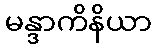
မန္ဒာကိနိယာ